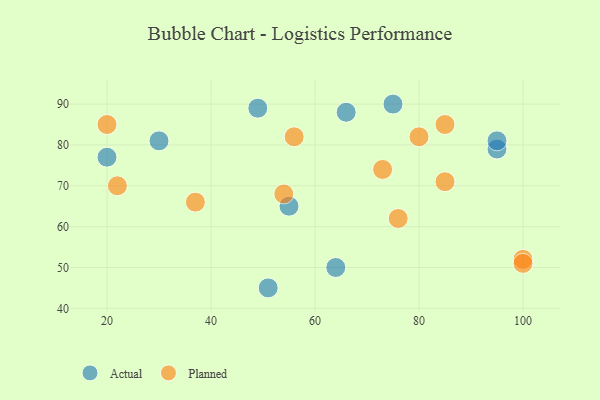
{"axis": {"x": "GDP", "y": "Life Expectancy"}, "legend": ["Actual", "Planned"], "data": [{"x": "30", "y": 81, "type": "Actual"}, {"x": "55", "y": 65, "type": "Actual"}, {"x": "95", "y": 79, "type": "Actual"}, {"x": "75", "y": 90, "type": "Actual"}, {"x": "66", "y": 88, "type": "Actual"}, {"x": "95", "y": 81, "type": "Actual"}, {"x": "64", "y": 50, "type": "Actual"}, {"x": "20", "y": 77, "type": "Actual"}, {"x": "51", "y": 45, "type": "Actual"}, {"x": "49", "y": 89, "type": "Actual"}, {"x": "54", "y": 68, "type": "Planned"}, {"x": "73", "y": 74, "type": "Planned"}, {"x": "100", "y": 52, "type": "Planned"}, {"x": "85", "y": 71, "type": "Planned"}, {"x": "56", "y": 82, "type": "Planned"}, {"x": "85", "y": 85, "type": "Planned"}, {"x": "80", "y": 82, "type": "Planned"}, {"x": "22", "y": 70, "type": "Planned"}, {"x": "20", "y": 85, "type": "Planned"}, {"x": "76", "y": 62, "type": "Planned"}, {"x": "37", "y": 66, "type": "Planned"}, {"x": "100", "y": 51, "type": "Planned"}]}